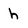
Character: h